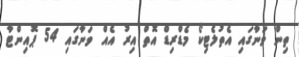
ތިން ވަނާގައި އެތުލެޓިކޯ މެޑްރިޑް އޮތް އިރު އެއް ވަނާގައި 54 ޕޮއިންޓާ